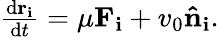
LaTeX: \begin{array}{r}{\frac{\mathrm{d}\mathbf{r_{i}}}{\mathrm{d}t}=\mu\mathbf{F_{i}}+v_{0}\mathbf{\hat{n}_{i}}.}\end{array}